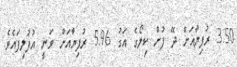
3.50 ރުފިޔާއަށް ދޭ ފުށް ކިލޯގެ އަގު 5.96 ރުފިޔާއަށް ވަނީ އުފުލިފައެވެ.